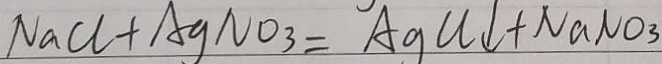
N a C l + A g N O _ { 3 } = A g C l \downarrow + N a N O _ { 3 }